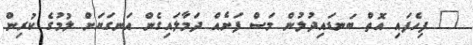
" ފިހެފައި އޮތް ބަނޑައިދުލުން މަސް ފަށެއް ދަމާލައިގެން އަނގަޔަށް ލުމުގެ ކުރިން